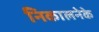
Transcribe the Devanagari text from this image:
निकालनेके